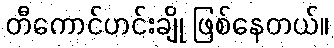
တီကောင်ဟင်းချို ဖြစ်နေတယ်။